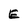
Character: E